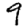
Digit: 9